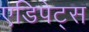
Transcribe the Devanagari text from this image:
एडिपेट्स